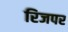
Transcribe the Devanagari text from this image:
रिजपर